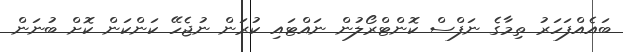
ބައެއްފަހަރު ތިމާގެ ނަފްސް ކޮންޓްރޯލުން ނައްޓައި ކުރަން ނުޖެހޭ ކަންކަން ކޮށް ބުނަން